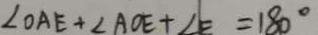
\angle O A E + \angle A O E + \angle E = 1 8 0 ^ { \circ }